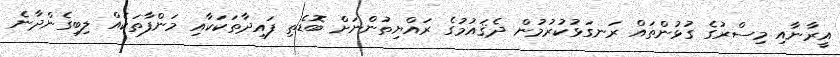
އީރާނާއި މިސްރުގެ ގުޅުންތައް ރަނގަޅުކުރުމުން ދެޤައުމުގެ ރައްޔިތުންނަށް ބޮޑެތި ފައިދާތަކަކާއި މަންފާތަކެއް ލިބިގެންދާނެ